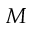
M